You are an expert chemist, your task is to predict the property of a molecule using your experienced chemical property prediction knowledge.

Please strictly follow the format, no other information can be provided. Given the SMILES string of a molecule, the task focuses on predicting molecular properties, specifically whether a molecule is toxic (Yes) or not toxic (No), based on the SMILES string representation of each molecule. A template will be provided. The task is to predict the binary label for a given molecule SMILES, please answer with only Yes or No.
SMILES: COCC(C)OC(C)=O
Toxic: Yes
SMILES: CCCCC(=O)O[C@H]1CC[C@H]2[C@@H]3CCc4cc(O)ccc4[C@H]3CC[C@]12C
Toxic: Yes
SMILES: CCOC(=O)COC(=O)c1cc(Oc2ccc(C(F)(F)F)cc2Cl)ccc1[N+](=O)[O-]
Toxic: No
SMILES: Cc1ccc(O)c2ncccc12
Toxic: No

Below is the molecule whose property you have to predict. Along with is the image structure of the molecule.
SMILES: CC(C)=CCN1CC[C@]2(C)c3cc(O)ccc3C[C@H]1[C@H]2C.O=C(O)CCC(=O)O
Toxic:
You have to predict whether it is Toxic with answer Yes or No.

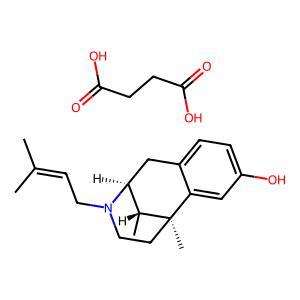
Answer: No